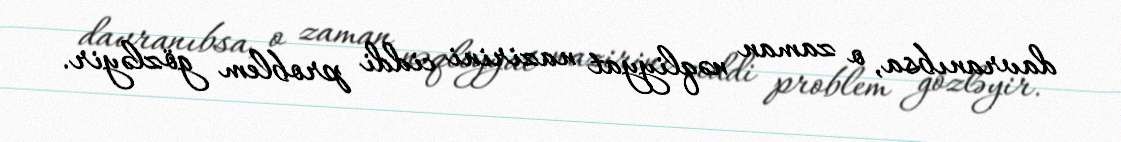
davranıbsa, o zaman nəqliyyat nazirini ciddi problem gözləyir.